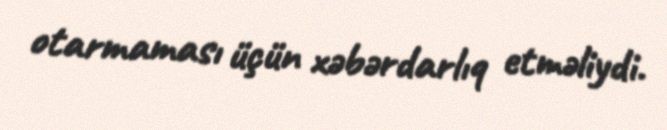
otarmaması üçün xəbərdarlıq etməliydi.